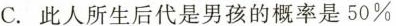
C. 此人所生后代是男孩的概率是50\%